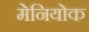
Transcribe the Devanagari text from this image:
मेनियोक